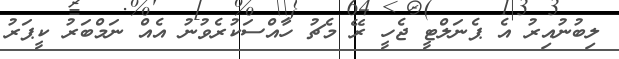
ލިބުނުއިރު އެ ޕެނަލްޓީ ޖެހީ ރޭ މެޗު ހާއްސަކުރެވުނު އެއް ނަމްބަރު ކީޕަރު